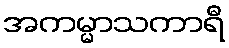
အကမ္မာသကာရီ